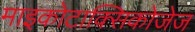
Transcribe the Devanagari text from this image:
माइकोटाक्सिकोजेज